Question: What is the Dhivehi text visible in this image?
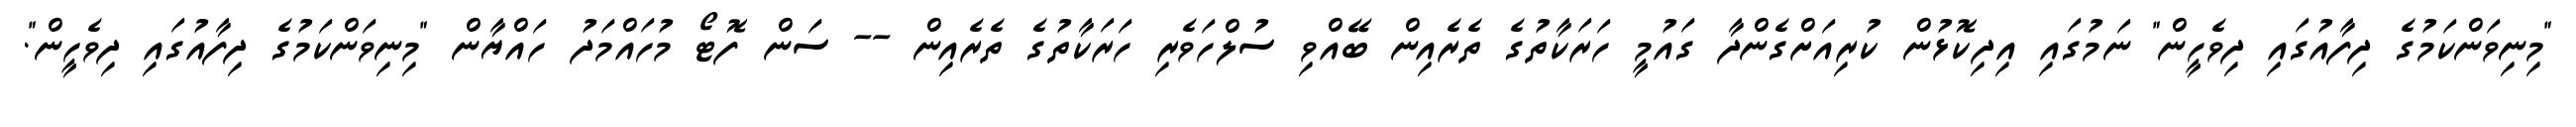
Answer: "މިނިވަންކަމުގެ ދިފާއުގައި ދިވެހީން" ނަމުގައި އިދިކޮޅުން ކުރިއަށްގެންދާ ގައުމީ ހަރަކާތުގެ ތެރެއިން ބޭއްވި ސުލްހަވެރި ހަރަކާތުގެ ތެރެއިން -- ސަން ފޮޓޯ މުހައްމަދު ހައްޔާން "މިނިވަންކަމުގެ ދިފާއުގައި ދިވެހީން".